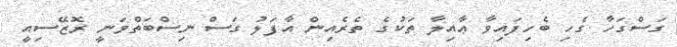
ގަސްގަހާ ގެހި ބެހިފައިވާ ޢާއިލާ ތަކުގެ ތެރެއިން އާފަލު ގަސް ނިސްބަތްވަނީ ރޮޒޭސިއީ